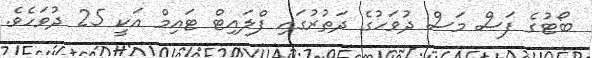
ބޯޓުގެ ފަސް މަސް ދުވަހުގެ ދަތުރުގައި ފްލައިޓް ޓައިމް އަކީ 25 ދުވަހެވެ.